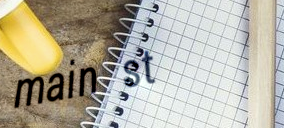
main st